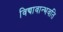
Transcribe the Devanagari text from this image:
विद्यावान्भवति